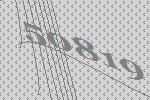
50819